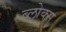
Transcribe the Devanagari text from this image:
ब्लोक्स